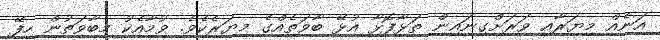
އަނެއް މިޔަރާއި ވަރަށްގިނައިން ތަޅާފޮޅާ އުޅޭ ބާވަތެއްގެ މިޔަރެކެވެ. ވުމާއެކު މިބާވަތުން ހިފޭ